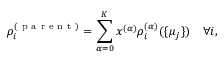
\rho _ { i } ^ { ( \mathrm { ~ p ~ a ~ r ~ e ~ n ~ t ~ } ) } = \sum _ { \alpha = 0 } ^ { K } x ^ { ( \alpha ) } \rho _ { i } ^ { ( \alpha ) } ( \{ \mu _ { j } \} ) \quad \forall i ,